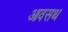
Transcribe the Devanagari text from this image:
आवसथ